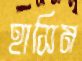
হাসিম